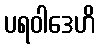
ပရဝါဒေဟိ